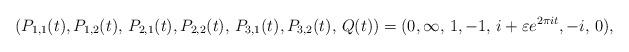
LaTeX: \begin{align*}(P_{1,1}(t),P_{1,2}(t),\,P_{2,1}(t),P_{2,2}(t),\,P_{3,1}(t),P_{3,2}(t),\, Q(t)) = (0,\infty,\,1,-1,\,i + \varepsilon e^{2 \pi i t} ,-i,\,0),\end{align*}